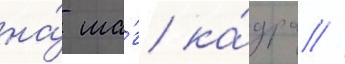
на́ ша́г ка́дра //